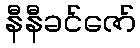
နီနီခင်ဇော်